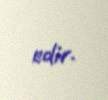
edir.